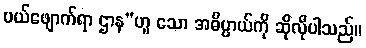
ပယ်ဖျောက်ရာ ဌာန”ဟူ သော အဓိပ္ပာယ်ကို ဆိုလိုပါသည်။